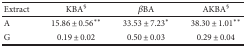
<table><thead><tr><td><b>Extract</b></td><td><b>KBA<sup>§</sup></b></td><td><b><i>β</i>BA</b></td><td><b>AKBA<sup>§</sup></b></td></tr></thead><tbody><tr><td>A</td><td>15.86 ± 0.56<sup>∗∗</sup></td><td>33.53 ± 7.23<sup>∗</sup></td><td>38.30 ± 1.01<sup>∗∗</sup></td></tr><tr><td>G</td><td>0.19 ± 0.02</td><td>0.50 ± 0.03</td><td>0.29 ± 0.04</td></tr></tbody></table>